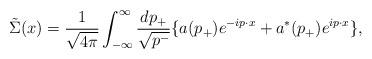
LaTeX: \begin{align*}\tilde{\Sigma}(x)=\frac{1}{\sqrt{4{\pi}}}\int^{\infty}_{-{\infty}}\frac{dp_+}{\sqrt{p^-}}\{ a(p_+)e^{-ip{\cdot}x}+a^{\ast}(p_+)e^{ip{\cdot}x} \},\end{align*}